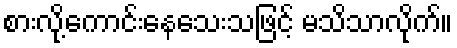
စားလို့ကောင်းနေသေးသဖြင့် မသိသာလိုက်။